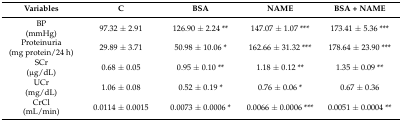
<table><thead><tr><td><b>Variables</b></td><td><b>C</b></td><td><b>BSA</b></td><td><b>NAME</b></td><td><b>BSA + NAME</b></td></tr></thead><tbody><tr><td>BP(mmHg)</td><td>97.32 ± 2.91</td><td>126.90 ± 2.24 **</td><td>147.07 ± 1.07 ***</td><td>173.41 ± 5.36 ***</td></tr><tr><td>Proteinuria(mg protein/24 h)</td><td>29.89 ± 3.71</td><td>50.98 ± 10.06 *</td><td>162.66 ± 31.32 ***</td><td>178.64 ± 23.90 ***</td></tr><tr><td>SCr(μg/dL)</td><td>0.68 ± 0.05</td><td>0.95 ± 0.10 **</td><td>1.18 ± 0.12 **</td><td>1.35 ± 0.09 **</td></tr><tr><td>UCr(mg/dL)</td><td>1.06 ± 0.08</td><td>0.52 ± 0.19 *</td><td>0.76 ± 0.06 *</td><td>0.67 ± 0.36</td></tr><tr><td>CrCl(mL/min)</td><td>0.0114 ± 0.0015</td><td>0.0073 ± 0.0006 *</td><td>0.0066 ± 0.0006 ***</td><td>0.0051 ± 0.0004 **</td></tr></tbody></table>